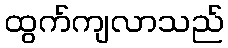
ထွက်ကျလာသည်